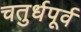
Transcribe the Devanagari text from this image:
चतुर्धपूर्व